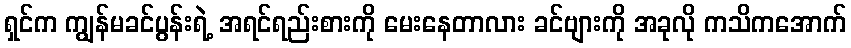
ရှင်က ကျွန်မခင်ပွန်းရဲ့ အရင်ရည်းစားကို မေးနေတာလား ခင်ဗျားကို အခုလို ကသိကအောက်